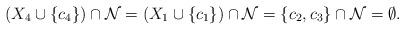
LaTeX: \begin{align*}(X_4\cup\{c_4\})\cap {\cal N}=(X_1\cup\{c_1\})\cap {\cal N}=\{c_2, c_3\}\cap {\cal N}=\emptyset.\end{align*}